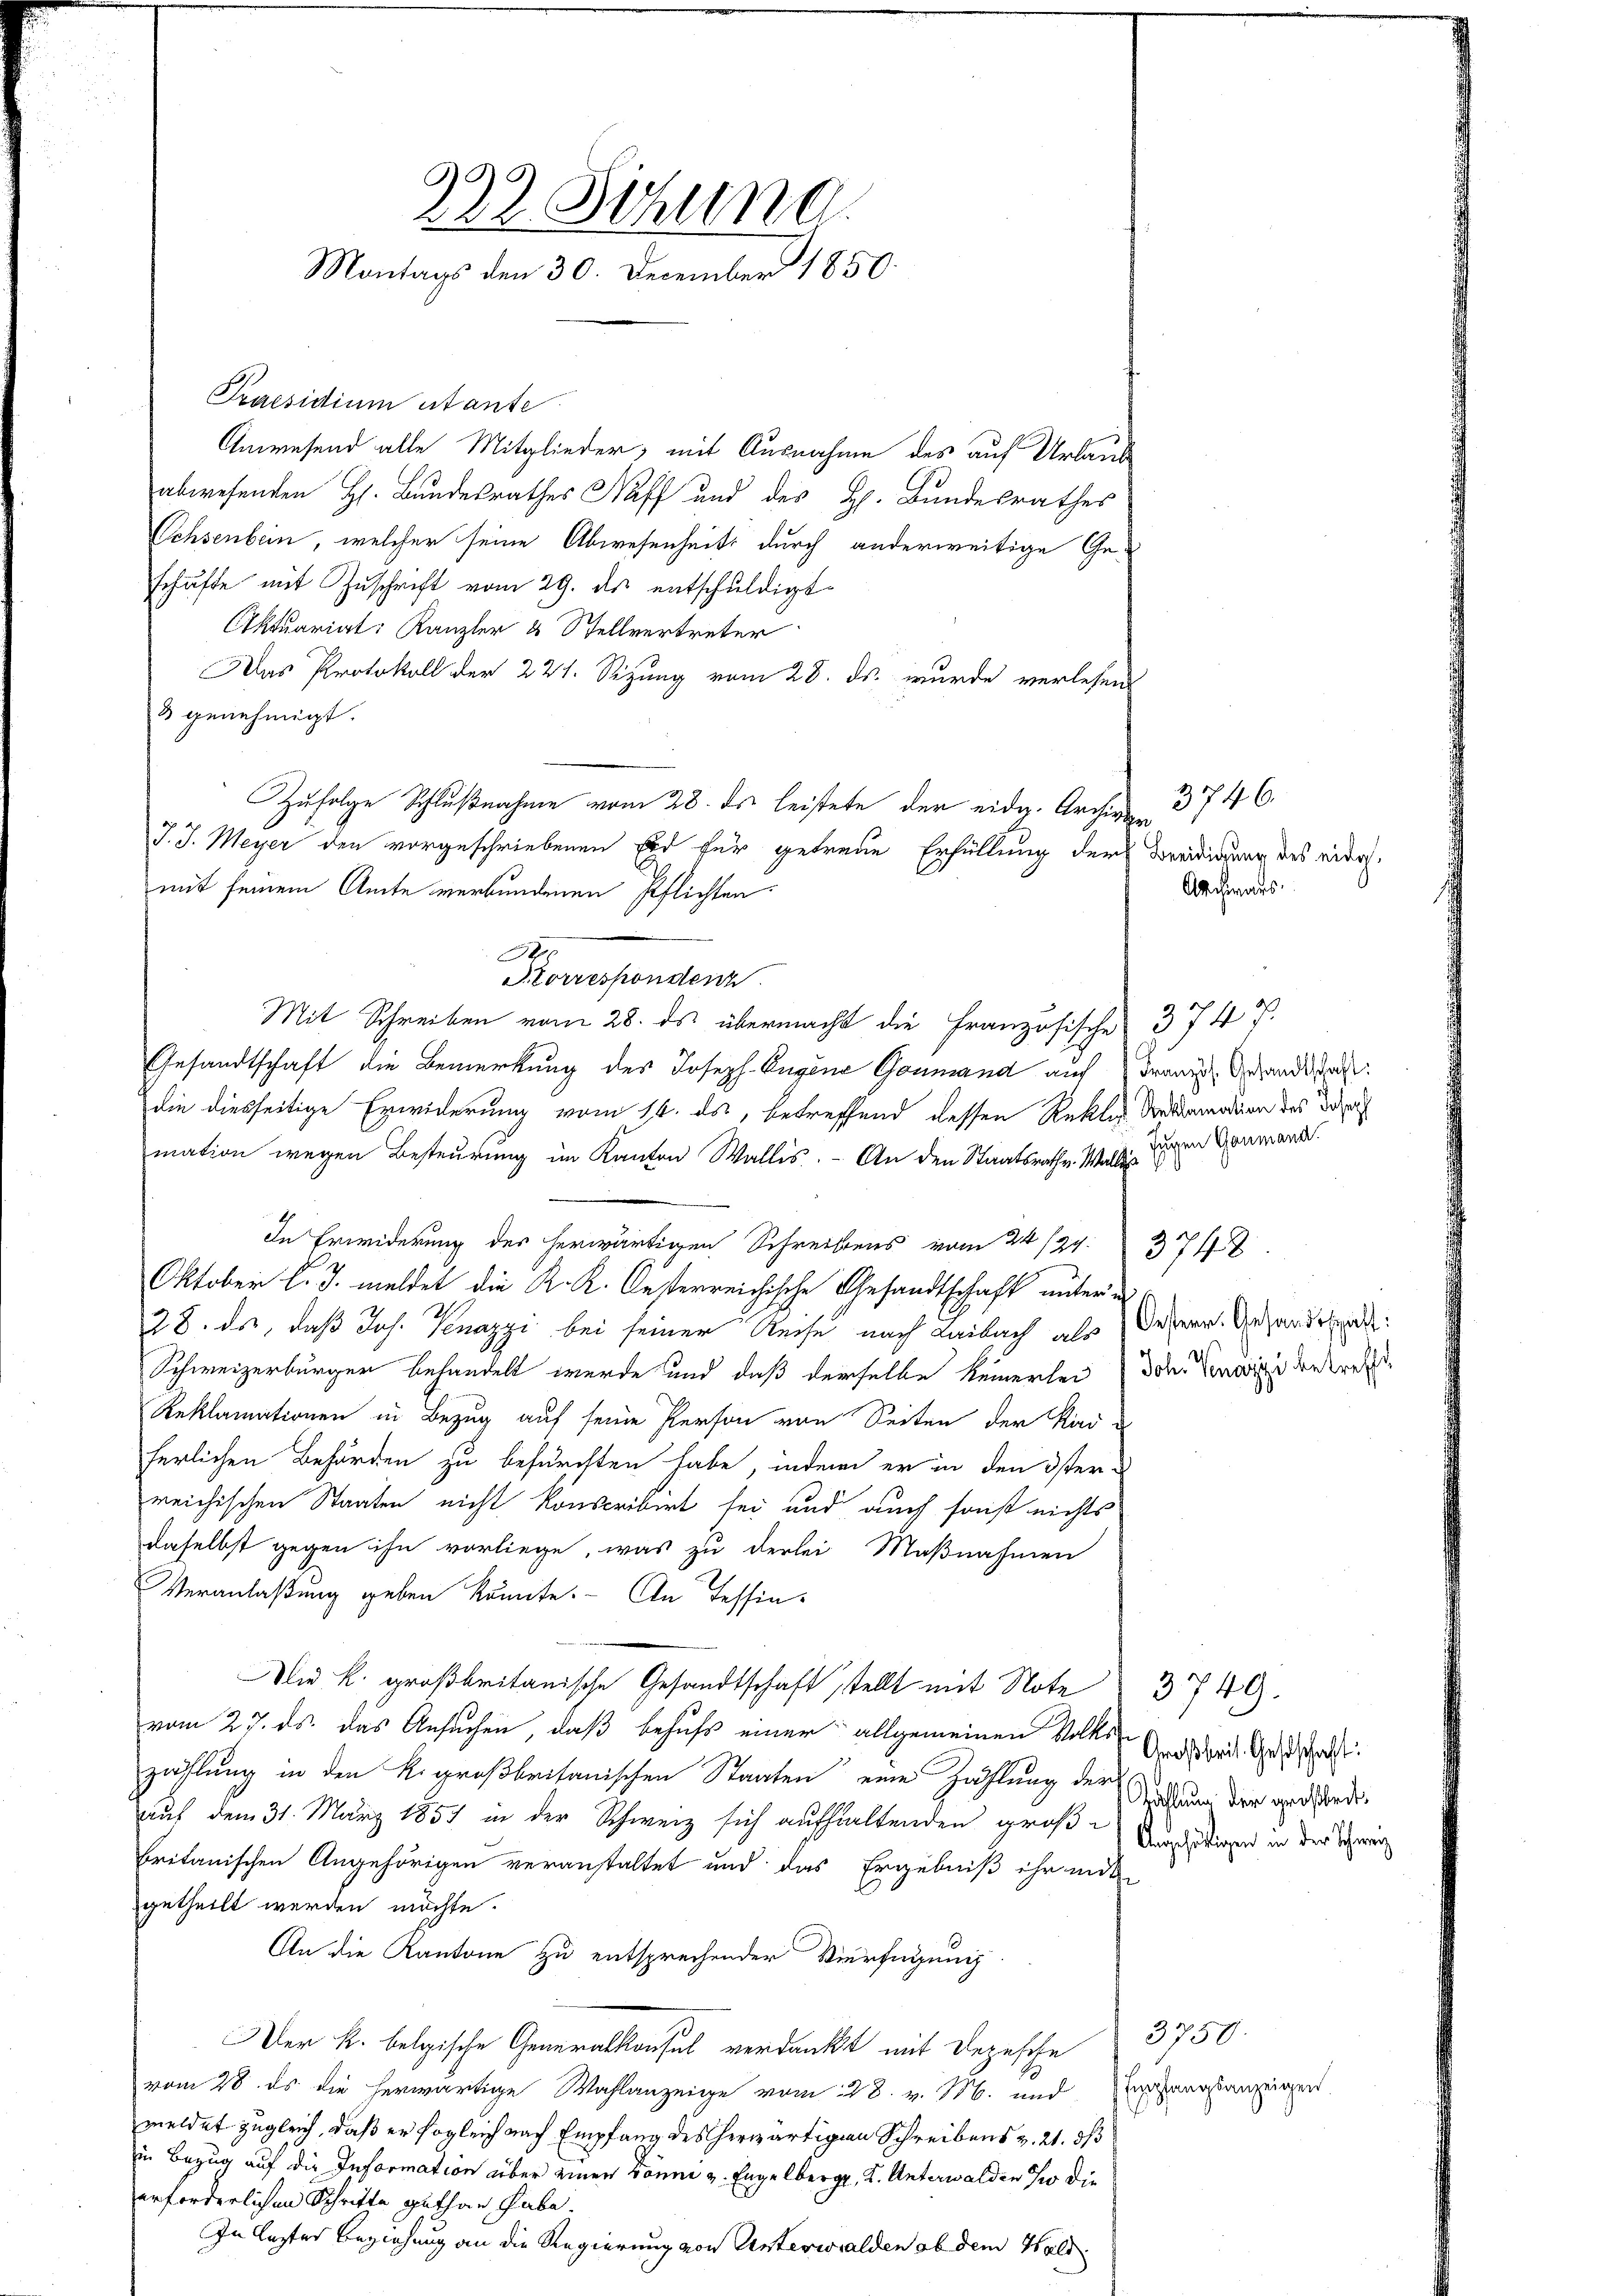
222. Sitzung.
Montags den 30. December 1850.

Praesidium utante
Anwesend alle Mitglieder, mit Ausnahme des auf Urlaub
abwesenden H. Bundesrathes Haff und des H. Bundesrathes
Ochsenbein, welcher seine Abwesenheits durch anderweitige Ge-
schäfte mit Zuschrift vom 29. ds entschuldigt.
Aktuariat: Kanzler 4 Stellvertreter
Das Protokoll der 221. Sizung vom 28. ds. wurde verlesen
3 genehmigt.
Zufolge Schlußnahme vom 28. ds leistete der eidg. Archiver¬
J. J. Meyer den vorgeschriebenen Eid für getreue Erfüllung der Beeidigung des war.
mit seinem Amte verbundenen Pflichten.
e
Storrespondenz
Mit Schreiben vom 28. ds. übermacht die Französische 374 V.
Gesandtschaft die Bemerkung des Joseph-Eugene Goumand auf Franz Gesandtaf
die diesseitige Erwiderung vom 16. ds., betreffend dessen Rektor Salamation des Di
mation wegen Besteurung im Kanton Wallis. - An den Staatsrathe. Wallis
In Erwiderung des herwärtigen Schreibens vom 24 /29.
Oktober l. J. meldet die K. K. Oesterreichische Gesandtschaft unter e
28. ds, daß Joh. Knazzi bei seiner Reise nach Laibach als
Schweizerbürger behandelt wurde und daß derselbe keinerlei (Joh. Candige den tref¬
Reklamationen in Bezug auf seine Person von Seiten der Rind-
herlichen Behörden zu befürchten habe, indem er in den öster
reichischen Staaten nicht konscribirt sei und auch sonst nichts
daselbst gegen ihn vorliege, was zu derlei Maßnahmen
Veranlaßung geben könnte. An Tessin-
Die k. großbritanische Gesandtschaft stellt mit Note
vom 27. ds. das Ansuchen, daß behufs einer allgemeinen Volke
zahlung in den k. großbritanischen Staaten eine Zahlung der
auf dem 31. März 1857 in der Schweiz sich aufhaltenden große Angstigend in der Seren
britanischen Angehörigen veranstaltet und das Ergebniß ihr inde
getheilt werden möchte.
An die Kantone zu entsprechender Vierfügung
Der k. belgische Generalkonsul verdankt mit Depesche
vom 28. ds die herwärtige Wahlanzeige vom 28. v. M. und Engagsanzeigen
meldet zugleich, daß er sogleich nach Empfang des herwärtigen Schreibens v. 21. ds
in Bezug auf die Information aber einer könne u. Engelberg, K. Unterwalden wo die
erforderlichen Schrifte gethan habe.
In lezter Beziehung an die Regierung von Unterwalden ob dem Hald

3746.
Archivars.

Jugen Gaumann.

3748

Oesterr. Gesandtschaft:

3749.
Großbrit. Gestschaft:
Rahlung der großheit.

3750.